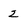
Character: 2